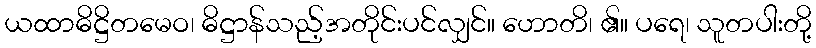
ယထာဓိဋ္ဌိတမေဝ၊ ဓိဋ္ဌာန်သည့်အတိုင်းပင်လျှင်။ ဟောတိ၊ ၏။ ပရေ၊ သူတပါးတို့